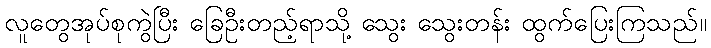
လူတွေအုပ်စုကွဲပြီး ခြေဦးတည့်ရာသို့ သွေး သွေးတန်း ထွက်ပြေးကြသည်။